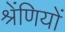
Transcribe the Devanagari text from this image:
श्रेंणियों